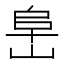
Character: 𰎧